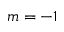
m = - 1